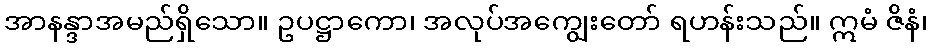
အာနန္ဒာအမည်ရှိသော။ ဥပဋ္ဌာကော၊ အလုပ်အကျွေးတော် ရဟန်းသည်။ ဣမံ ဇိနံ၊